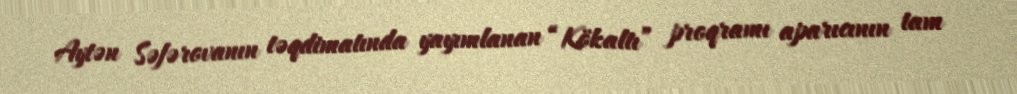
Aytən Səfərovanın təqdimatında yayımlanan “Kökaltı” proqramı aparıcının tam